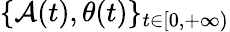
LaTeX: \{ \mathcal{A}(t),\theta(t)\} _{t\in[0,+\infty)}